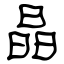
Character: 晶